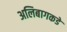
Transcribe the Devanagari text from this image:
अलिबागकडे